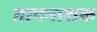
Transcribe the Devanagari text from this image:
तापनाशक